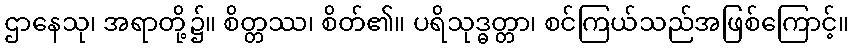
ဌာနေသု၊ အရာတို့၌။ စိတ္တဿ၊ စိတ်၏။ ပရိသုဒ္ဓတ္တာ၊ စင်ကြယ်သည်အဖြစ်ကြောင့်။